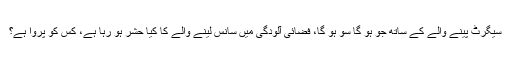
سیگرٹ پینے والے کے ساتھ جو ہو گا سو ہو گا، فضائی آلودگی میں سانس لینے والے کا کیا حشر ہو رہا ہے، کس کو پروا ہے؟